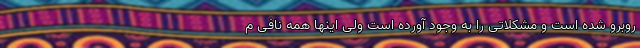
روبرو شده است و مشکلاتی را به وجود آورده است ولی اینها همه نافی م